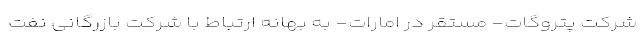
شرکت پتروگات- مستقر در امارات- به بهانه ارتباط با شرکت بازرگانی نفت